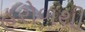
હરોળથી